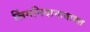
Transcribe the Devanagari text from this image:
लिंगनिदानाबाबत